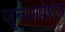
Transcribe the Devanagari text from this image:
जूनअखेरीस